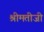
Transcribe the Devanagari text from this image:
श्रीमतीजी